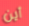
أين